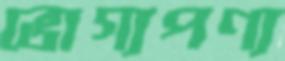
ভোগ্যপণ্য